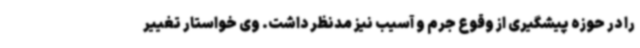
را در حوزه پیشگیری از وقوع جرم و آسیب نیز مدنظر داشت. وی خواستار تغییر